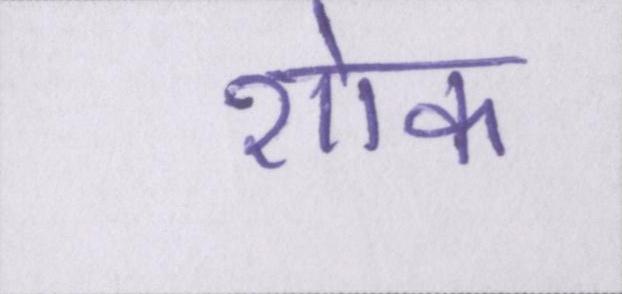
शोक